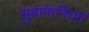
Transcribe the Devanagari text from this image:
सुब्रामानियम